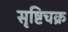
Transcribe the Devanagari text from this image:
सृष्टिचक्र